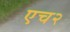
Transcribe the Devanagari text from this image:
एच२